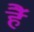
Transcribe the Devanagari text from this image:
हैॅ